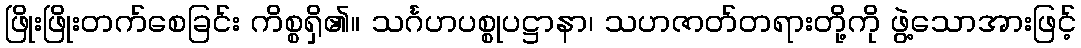
ဖြိုးဖြိုးတက်စေခြင်း ကိစ္စရှိ၏။ သင်္ဂဟပစ္စုပဋ္ဌာနာ၊ သဟဇာတ်တရားတို့ကို ဖွဲ့သောအားဖြင့်